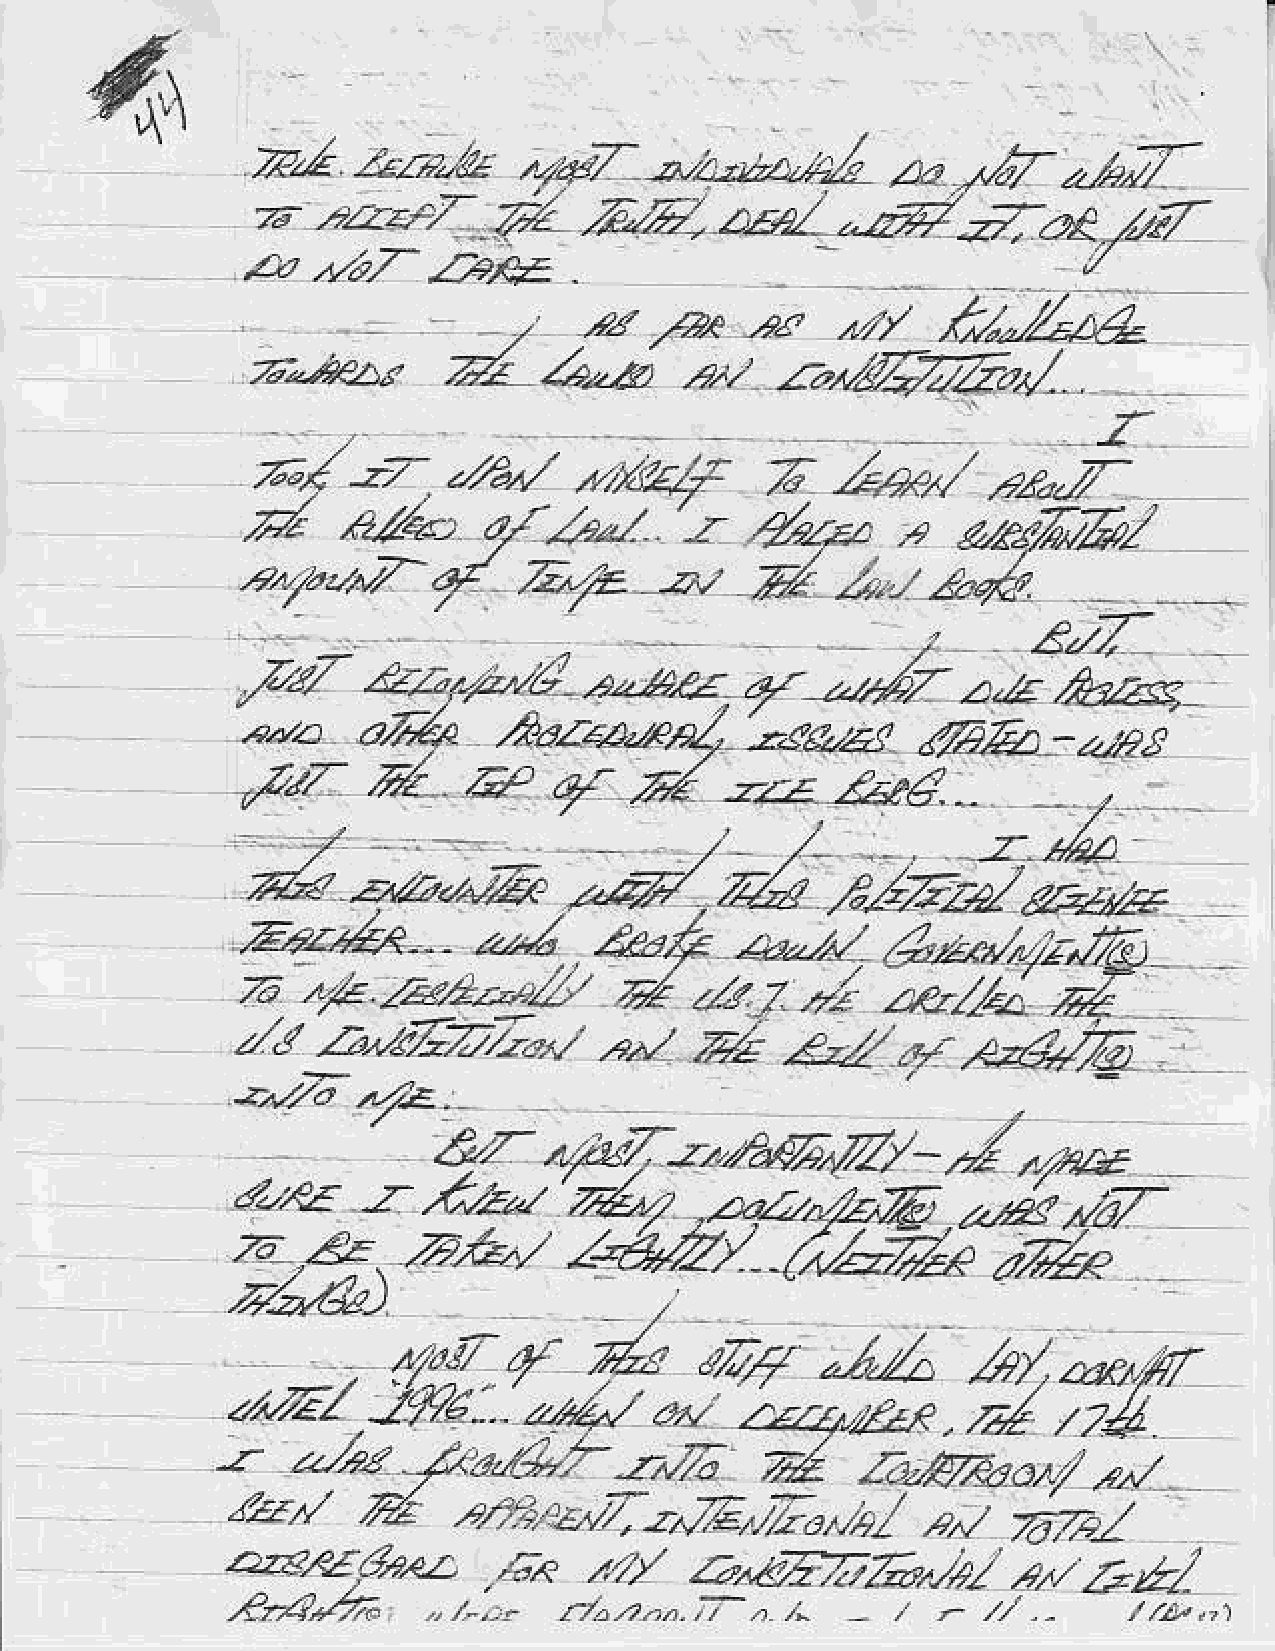
{,tt
 A-b
 22ap-(2,/,,,,,,,,,,,,,,,,aa/ -t\azL>a-)
 a
 ,e22.7-/a         Zfbl.    zanl
 ,        l2*   ,4?    a,//  ,t:,/,22r&
 ,24
 .A
 ,../L       n  Z./
 ,,:ar&/z/../Zaaa.
 4.r    a/4
 -...tra{2V7-./
 .rq/a
 z
 r{
 /CA./     zrbl,   pq2,44.6'
 ..,rz
 "/a.. ,uzi -z
 ,.)r,12^/   zJ
 iZ
 1,4     Z&e
 /.......
 r/-,ag)
 a./f
 .AtL,           zt**
 l9/,
 ''a.&tz,
 -z
 ,z/,ag
 zk,,/
 *1
 .alVzlztt/7 .- 2z,,JZ,
 t7zot.
 ,q.,t Z:fe/
 ly'
 aze.zz,4,eez:                  A.nZT,rA,/,r/        ,//  ZZy'
 ,,i,<